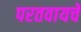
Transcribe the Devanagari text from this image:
परतवायचे